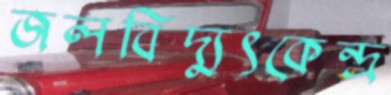
জলবিদ্যুৎকেন্দ্র